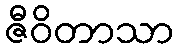
ဇီဝိတာသာ